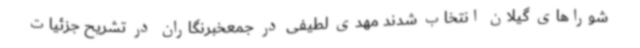
شوراهای گیلان انتخاب شدند مهدی لطیفی در جمعخبرنگاران در تشریح جزئیات